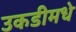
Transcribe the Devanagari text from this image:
उकडीमधे